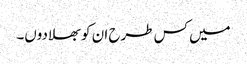
میں کس طرح ان کو بھلادوں۔